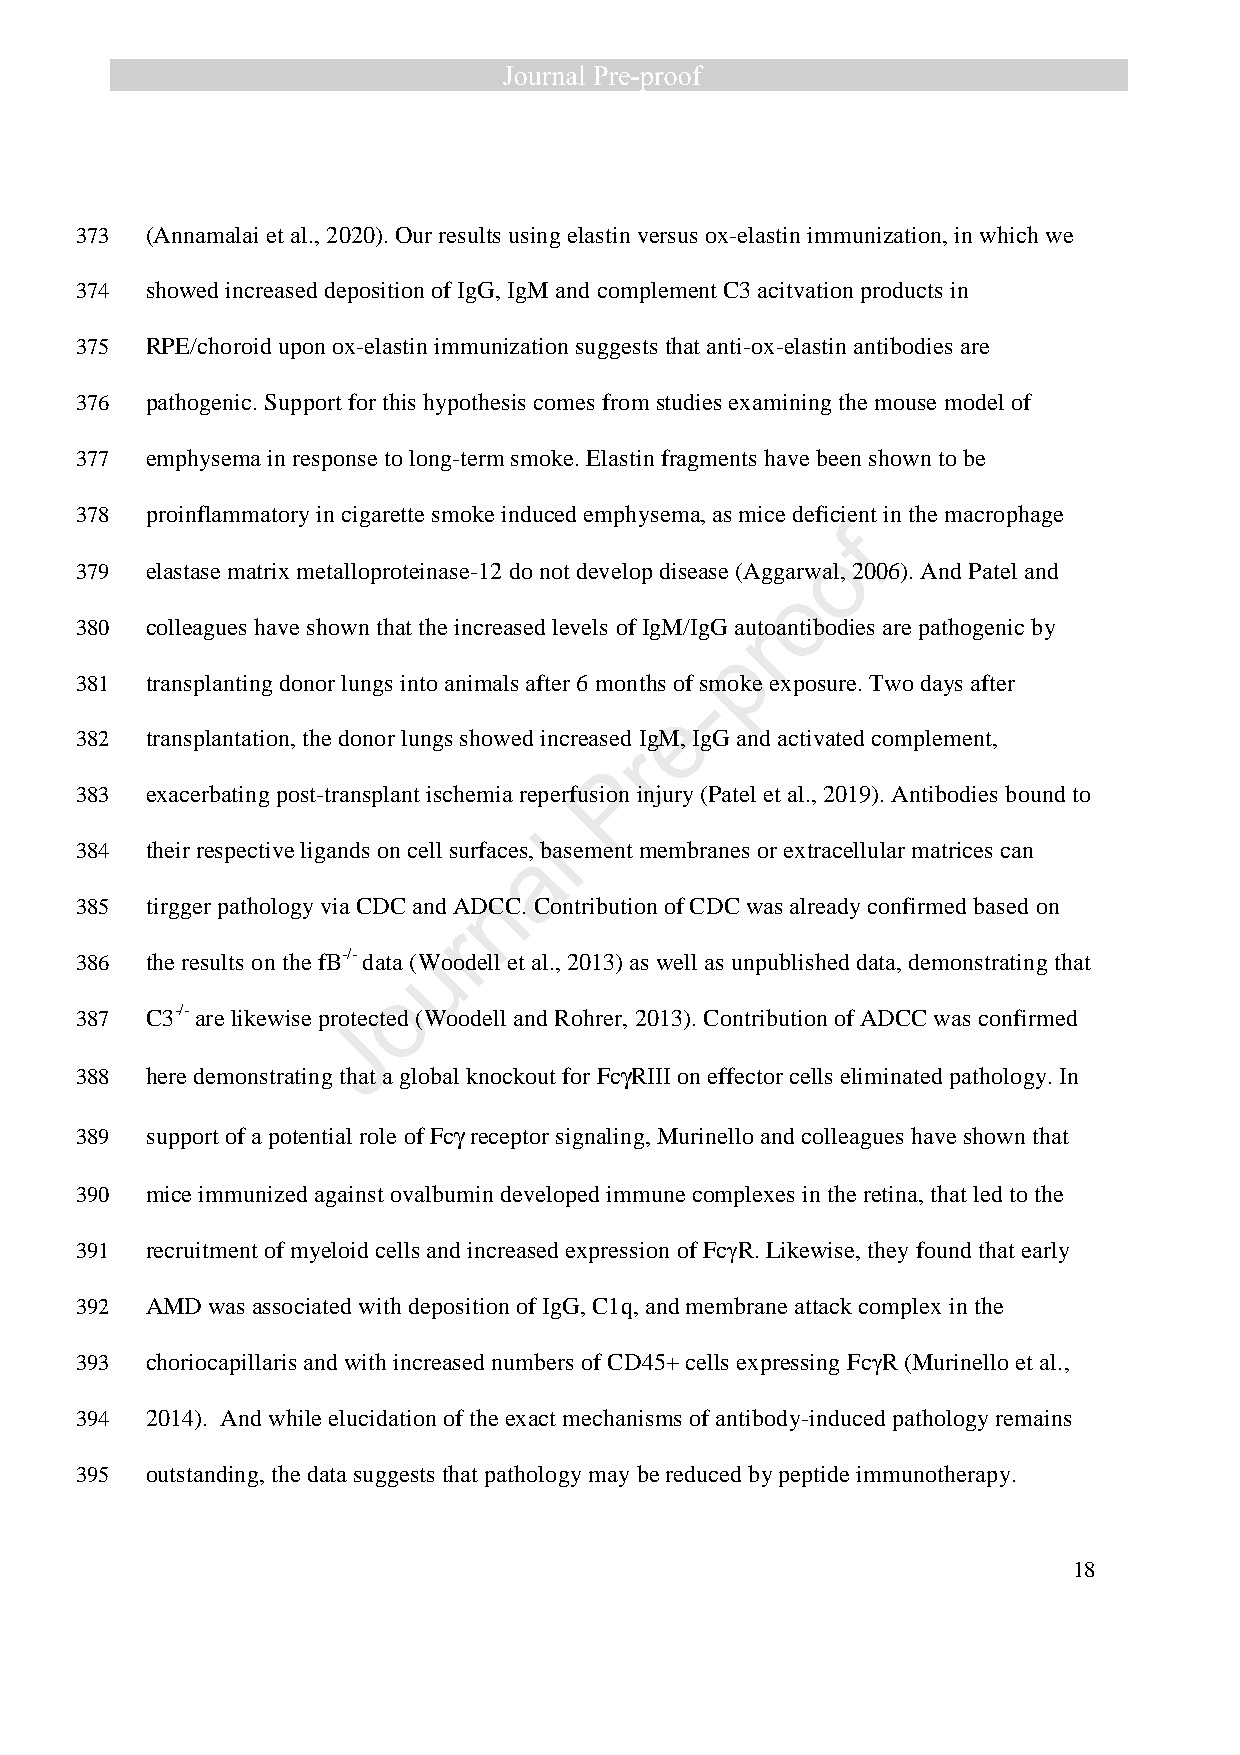
373  (Annamalai et al., 2020). Our results using elastin versus ox-elastin immunization, in which we
 374  showed increased deposition of IgG, IgM and complement C3 acitvation products in
 375  RPE/choroid upon ox-elastin immunization suggests that anti-ox-elastin antibodies are
 376  pathogenic. Support for this hypothesis comes from studies examining the mouse model of
 377  emphysema in response to long-term smoke. Elastin fragments have been shown to be
 378  proinflammatory in cigarette smoke induced emphysema, as mice deficient in the macrophage
 f
 o
 379  elastase matrix metalloproteinase-12 do not develop disease (Aggarwal, 2006). And Patel and
 o
 380  colleagues have shown that the increased levels of IgM/IgG aurtoantibodies are pathogenic by
 p
 381  transplanting donor lungs into animals after 6 months of smoke exposure. Two days after
 -
 e
 382  transplantation, the donor lungs showed increased IgM, IgG and activated complement,
 r
 P
 383  exacerbating post-transplant ischemia reperfusion injury (Patel et al., 2019). Antibodies bound to
 l
 384  their respective ligands on cell surfaces a, basement membranes or extracellular matrices can
 n
 385  tirgger pathology via CDC and ADCC. Contribution of CDC was already confirmed based on
 r
 386  the results on the fB-/- data (Wu oodell et al., 2013) as well as unpublished data, demonstrating that
 o
 387  C3-/- are likewise protected (Woodell and Rohrer, 2013). Contribution of ADCC was confirmed
 J
 388  here demonstrating that a global knockout for Fcg RIII on effector cells eliminated pathology. In
 389  support of a potential role of Fcg receptor signaling, Murinello and colleagues have shown that
 390  mice immunized against ovalbumin developed immune complexes in the retina, that led to the
 391  recruitment of myeloid cells and increased expression of FcγR. Likewise, they found that early
 392  AMD was associated with deposition of IgG, C1q, and membrane attack complex in the
 393  choriocapillaris and with increased numbers of CD45+ cells expressing FcγR (Murinello et al.,
 394  2014). And while elucidation of the exact mechanisms of antibody-induced pathology remains
 395  outstanding, the data suggests that pathology may be reduced by peptide immunotherapy.
 18